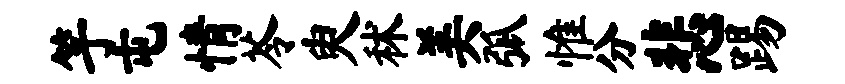
竽屯情苓臾秫美弧惟分悲踢